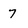
Character: 7